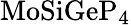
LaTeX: \mathrm{MoSiGeP_{4}}